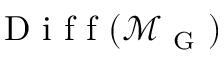
\mathrm { ~ D ~ i ~ f ~ f ~ } ( \mathcal { M } _ { \mathrm { ~ G ~ } } )